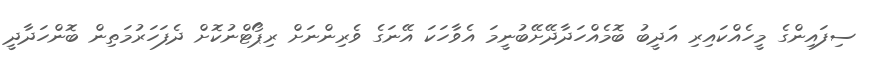
ސިފައިންގެ މީހެއްކައިރި އަދީބު ބޮމެއްހަދާދޭށޭބުނީމަ އެވާހަކަ އޭނަގެ ވެރިންނަށް ރިޕޯޓްނުކޮށް ދެފަހަރުމަތިން ބޮންހަދާދީ